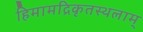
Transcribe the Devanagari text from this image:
हिमामद्रिकृतस्थलाम्